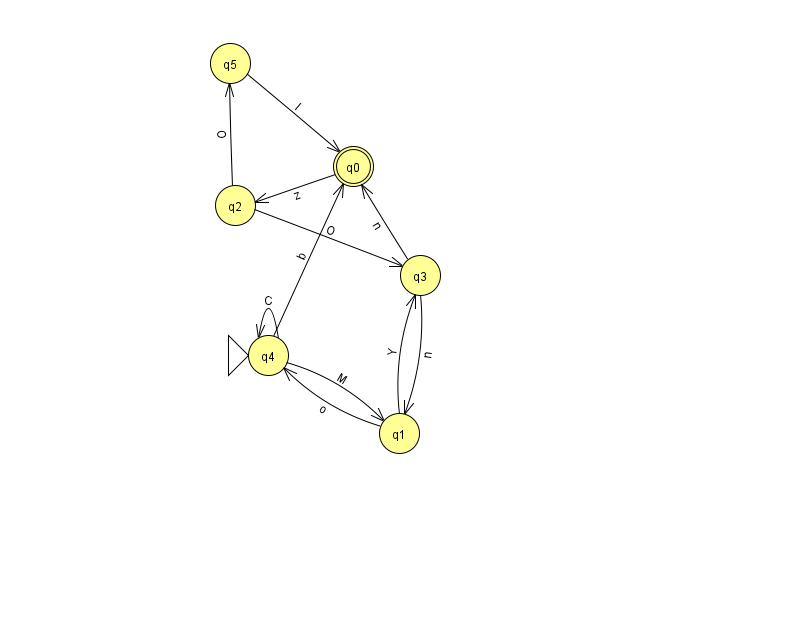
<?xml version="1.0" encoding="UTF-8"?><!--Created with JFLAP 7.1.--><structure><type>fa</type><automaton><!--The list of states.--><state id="0" name="q0"><x>353.0</x><y>153.0</y><final/></state><state id="1" name="q1"><x>399.0</x><y>420.0</y></state><state id="2" name="q2"><x>235.0</x><y>192.0</y></state><state id="3" name="q3"><x>420.0</x><y>262.0</y></state><state id="4" name="q4"><x>268.0</x><y>342.0</y><initial/></state><state id="5" name="q5"><x>230.0</x><y>50.0</y></state><!--The list of transitions.--><transition><from>3</from><to>0</to><read>n</read></transition><transition><from>4</from><to>4</to><read>C</read></transition><transition><from>2</from><to>3</to><read>O</read></transition><transition><from>4</from><to>1</to><read>M</read></transition><transition><from>1</from><to>4</to><read>o</read></transition><transition><from>3</from><to>1</to><read>n</read></transition><transition><from>5</from><to>0</to><read>I</read></transition><transition><from>1</from><to>3</to><read>Y</read></transition><transition><from>0</from><to>2</to><read>z</read></transition><transition><from>2</from><to>5</to><read>O</read></transition><transition><from>4</from><to>0</to><read>b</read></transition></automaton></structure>